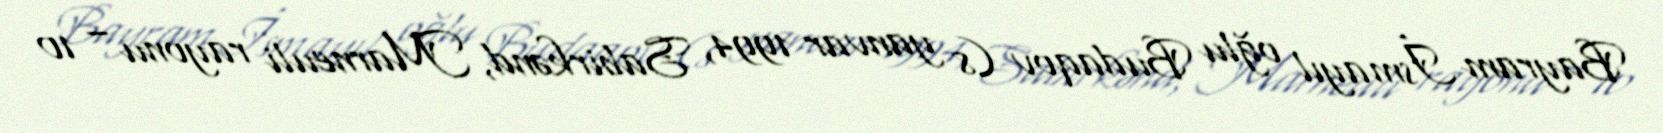
Bayram İsmayıl oğlu Budaqov (8 yanvar 1994, Sabirkənd, Marneuli rayonu – 10